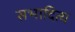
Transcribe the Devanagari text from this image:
सभादित्य